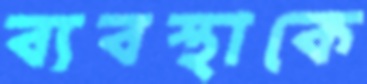
ব্যবস্থাকে